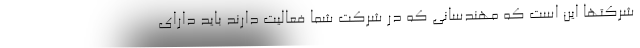
شرکتها این است که مهندسانی که در شرکت شما فعالیت دارند باید دارای